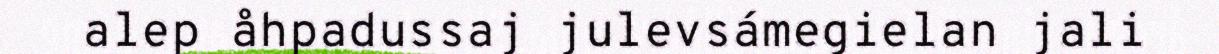
alep åhpadussaj julevsámegielan jali